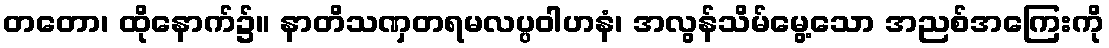
တတော၊ ထိုနောက်၌။ နာတိသဏှတရမလပ္ပဝါဟနံ၊ အလွန်သိမ်မွေ့သော အညစ်အကြေးကို